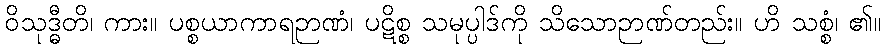
ဝိသုဒ္ဓီတိ၊ ကား။ ပစ္စယာကာရဉာဏံ၊ ပဋိစ္စ သမုပ္ပါဒ်ကို သိသောဉာဏ်တည်း။ ဟိ သစ္စံ၊ ၏။